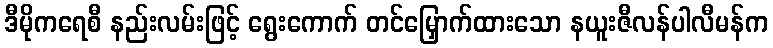
ဒီမိုကရေစီ နည်းလမ်းဖြင့် ရွေးကောက် တင်မြှောက်ထားသော နယူးဇီလန်ပါလီမန်က